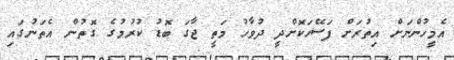
އެމީހުންނަށް އިތުރަށް ފަސޭހަކޮށްދީ ދުވާހު މަތީ ޖާގަ ބޮޑު ކުރުމުގެ ގޮތުން އެތަނުގައި